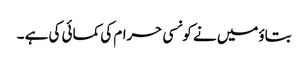
بتاؤمیں نے کونسی حرام کی کمائی کی ہے ۔